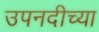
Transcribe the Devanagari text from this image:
उपनदीच्या